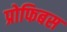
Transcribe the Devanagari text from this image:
प्रोफिबस